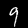
Digit: 9